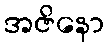
အဇိနော